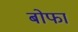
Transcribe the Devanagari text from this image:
बोफा